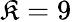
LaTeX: \mathfrak{K}=9